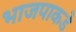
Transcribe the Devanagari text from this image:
भाजपाकडे